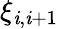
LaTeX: \xi_{\mathit{i},\mathit{i}+1}